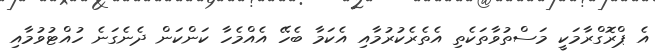
އެ ޕްރޮގްރާމަކީ މަސްތުވާތަކެތި އެތެރެކުރުމާއި އެކަމާ ބެހޭ އެއްމެހާ ކަންކަން ދެނެގަނެ ހުއްޓުވުމާއި